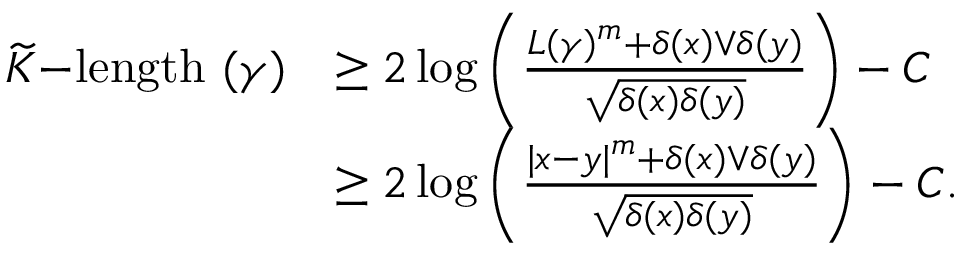
\begin{array} { r l } { \widetilde { K } \mathrm { - l e n g t h ~ } ( \gamma ) } & { \geq 2 \log \left( \frac { L ( \gamma ) ^ { m } + \delta ( x ) \vee \delta ( y ) } { \sqrt { \delta ( x ) \delta ( y ) } } \right) - C } \\ & { \geq 2 \log \left( \frac { | x - y | ^ { m } + \delta ( x ) \vee \delta ( y ) } { \sqrt { \delta ( x ) \delta ( y ) } } \right) - C . } \end{array}